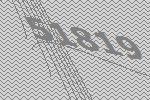
51819